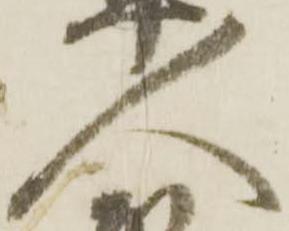
人